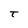
Character: T